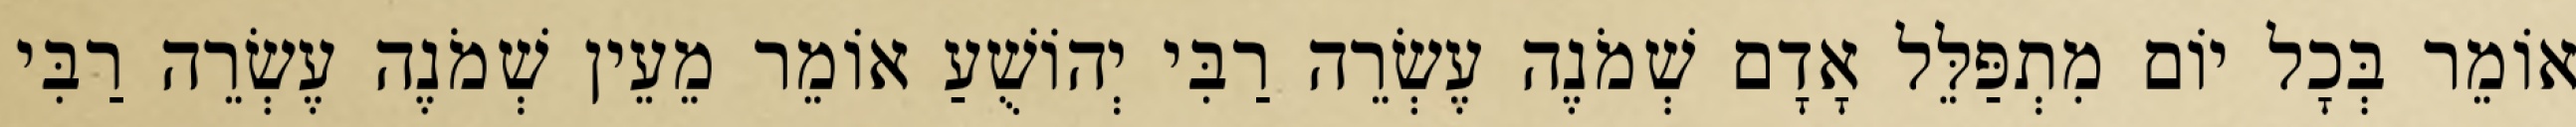
אוֹמֵר בְּכָל יוֹם מִתְפַּלֵּל אָדָם שְׁמֹנֶה עֶשְׂרֵה רַבִּי יְהוֹשֻׁעַ אוֹמֵר מֵעֵין שְׁמֹנֶה עֶשְׂרֵה רַבִּי